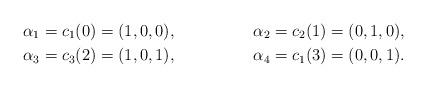
LaTeX: \begin{align*}\alpha _1 = c_{1}(0)= (1,0,0), &&&\alpha _2 = c_{2}(1)= (0,1,0), \\\alpha _3 = c_{3}(2)= (1,0,1), &&&\alpha _4 = c_{1}(3)= (0,0,1). \end{align*}